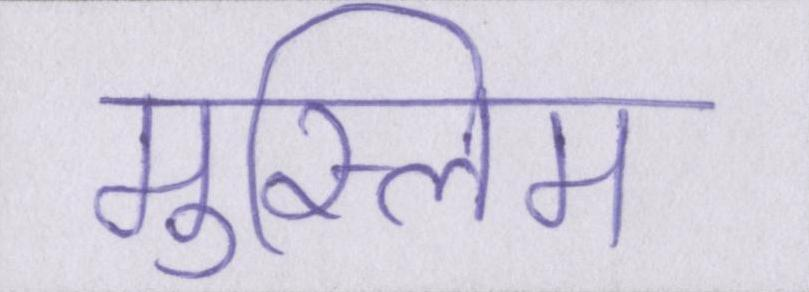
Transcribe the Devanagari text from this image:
मुस्लिम